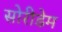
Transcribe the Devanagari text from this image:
सोरीडेम